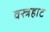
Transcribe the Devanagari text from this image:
वस्त्रहाट